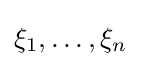
\xi _{1},\dots ,\xi _{n}